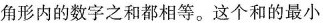
角形内的数字之和都相等。这个和的最小